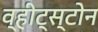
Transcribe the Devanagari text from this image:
व्हीट्स्टोन